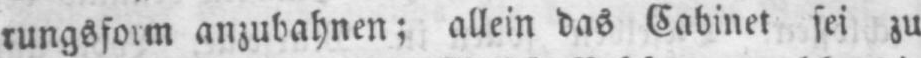
anzubahnen; allein das Cabinet sei zu